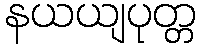
နယယျပုတ္တ